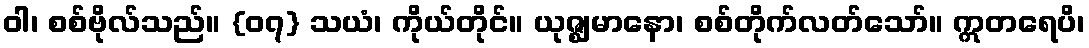
ဝါ၊ စစ်ဗိုလ်သည်။ {၀၇} သယံ၊ ကိုယ်တိုင်။ ယုဇ္ဈမာနော၊ စစ်တိုက်လတ်သော်။ ဣတရေပိ၊